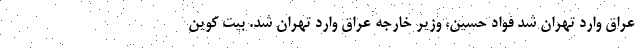
عراق وارد تهران شد فواد حسین، وزیر خارجه عراق وارد تهران شد. بیت کوین